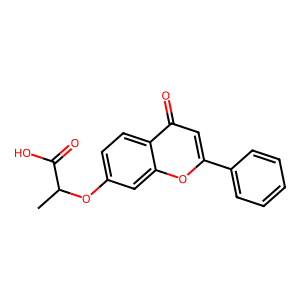
SMILES: CC(Oc1ccc2c(=O)cc(-c3ccccc3)oc2c1)C(=O)O
Inhibits HIV replication: No